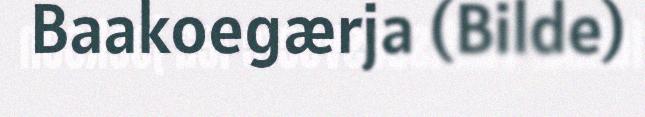
Baakoegærja (Bilde)